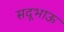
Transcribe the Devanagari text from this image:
सदूभाऊ